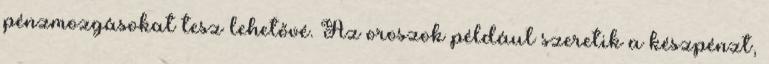
pénzmozgásokat tesz lehetővé. Az oroszok például szeretik a készpénzt,